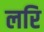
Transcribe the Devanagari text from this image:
लरि